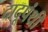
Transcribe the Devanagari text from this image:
दादूपंथी